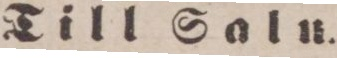
Till Soln.